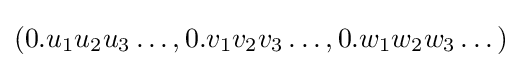
(0.u_{1}u_{2}u_{3}\dots ,0.v_{1}v_{2}v_{3}\dots ,0.w_{1}w_{2}w_{3}\dots )